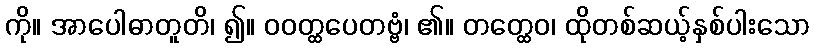
ကို။ အာပေါဓာတူတိ၊ ၍။ ဝဝတ္ထပေတဗ္ဗံ၊ ၏။ တတ္ထေဝ၊ ထိုတစ်ဆယ့်နှစ်ပါးသော